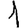
Digit: 1